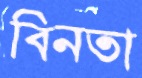
বিনতা